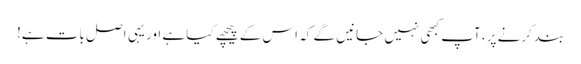
بند کرنے پر، آپ کبھی نہیں جانیں گے کہ اس کے پیچھے کیا ہے اور یہی اصل بات ہے!